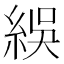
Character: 𬗙